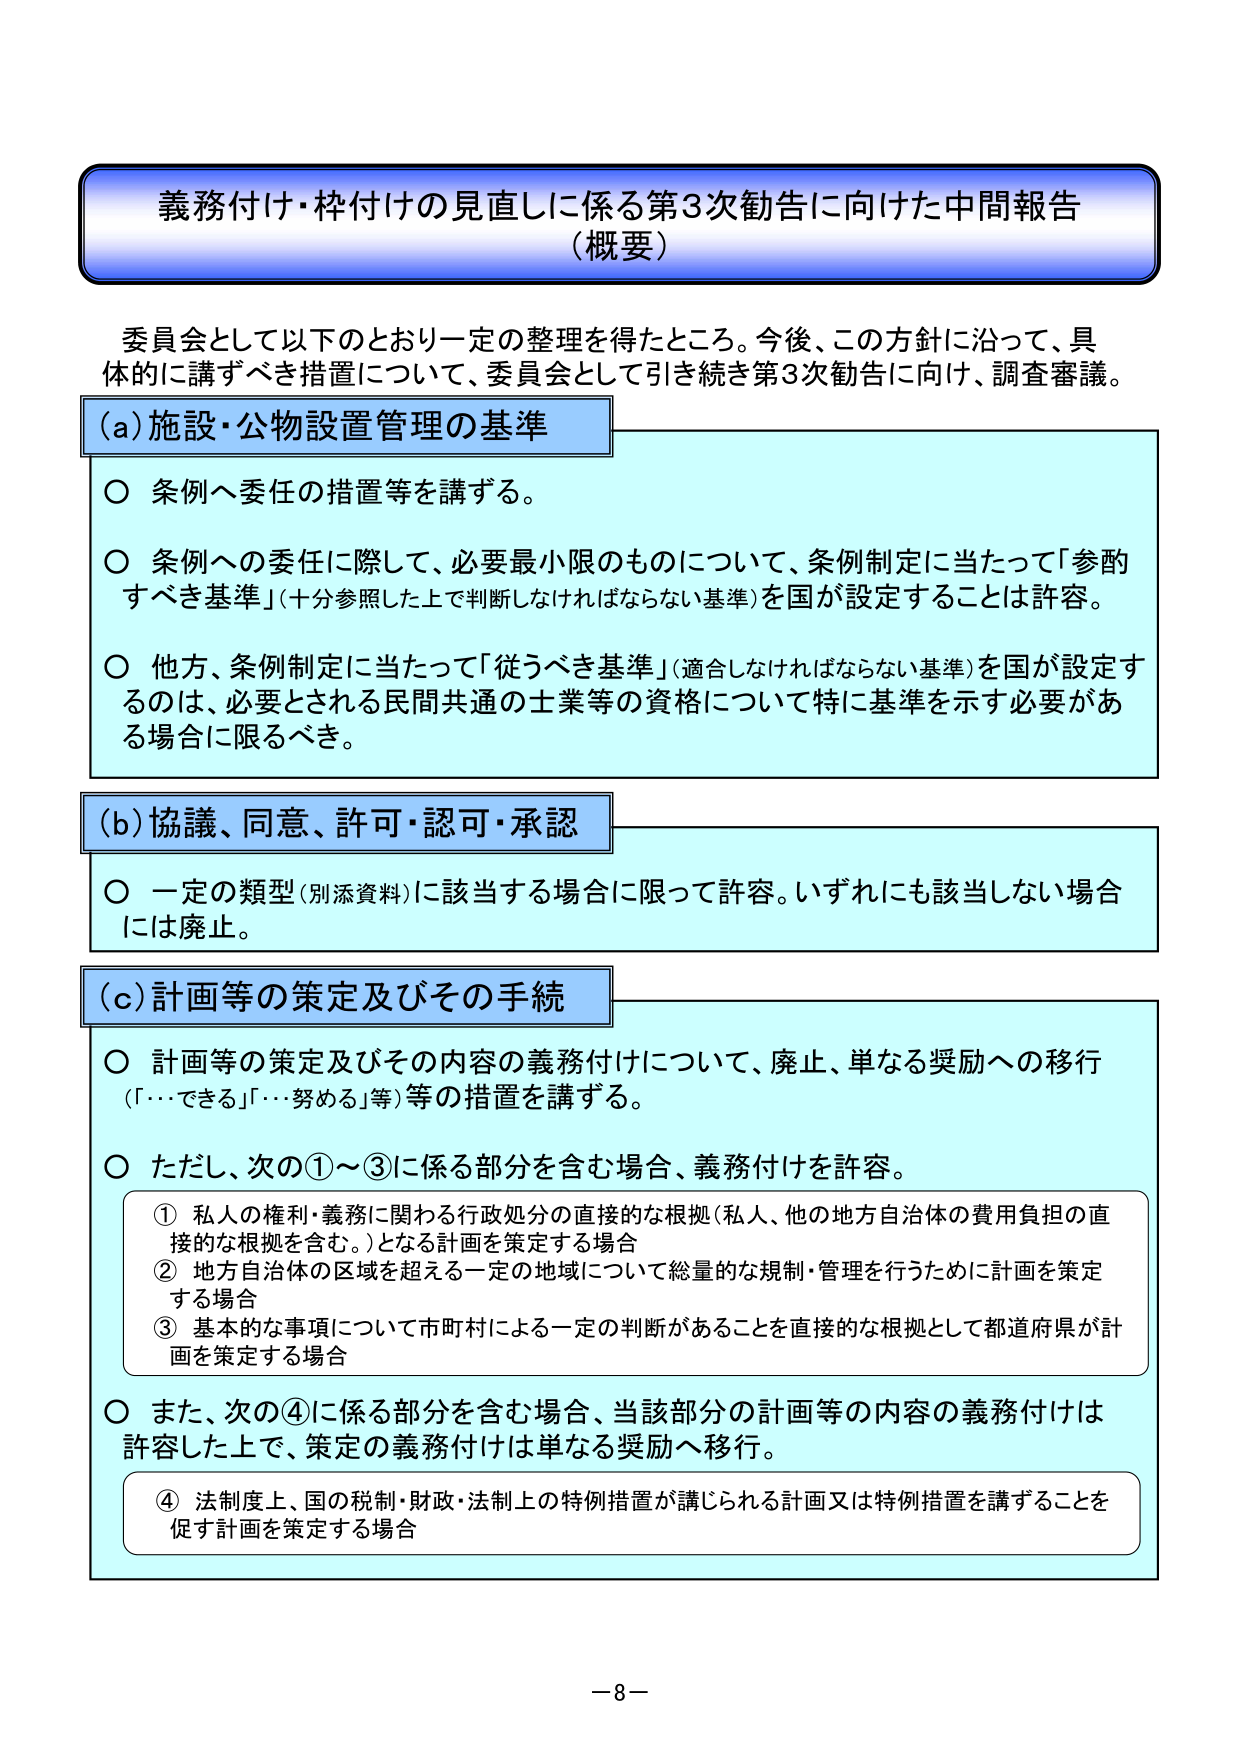
義務付け・枠付けの見直しに係る第3次勧告に向けた中間報告
（概要）

委員会として以下のとおり一定の整理を得たところ。今後、この方針に沿って、具体的に講ずべき措置について、委員会として引き続き第3次勧告に向け、調査審議。

(a) 施設・公物設置管理の基準
○ 条例へ委任の措置等を講ずる。
○ 条例への委任に際して、必要最小限のものについて、条例制定に当たって「参酌すべき基準」（十分参照した上で判断しなければならない基準）を国が設定することは許容。
○ 他方、条例制定に当たって「従うべき基準」（適合しなければならない基準）を国が設定するのは、必要とされる民間共通の士業等の資格について特に基準を示す必要がある場合に限るべき。

(b) 協議、同意、許可・認可・承認
○ 一定の類型（別添資料）に該当する場合に限って許容。いずれにも該当しない場合には廃止。

(c) 計画等の策定及びその手続
○ 計画等の策定及びその内容の義務付けについて、廃止、単なる奨励への移行（「…できる」「…努める」等）等の措置を講ずる。
○ ただし、次の①～③に係る部分を含む場合、義務付けを許容。
　① 私人の権利・義務に関わる行政処分の直接的な根拠（私人、他の地方自治体の費用負担の直接的な根拠を含む。）となる計画を策定する場合
　② 地方自治体の区域を超える一定の地域について総量的な規制・管理を行うために計画を策定する場合
　③ 基本的な事項について市町村による一定の判断があることを直接的な根拠として都道府県が計画を策定する場合
○ また、次の④に係る部分を含む場合、当該部分の計画等の内容の義務付けは許容した上で、策定の義務付けは単なる奨励へ移行。
　④ 法制度上、国の税制・財政・法制上の特例措置が講じられる計画又は特例措置を講ずることを促す計画を策定する場合

－8－